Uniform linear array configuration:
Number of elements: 64
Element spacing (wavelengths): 0.75
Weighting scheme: blackman
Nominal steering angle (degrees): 15
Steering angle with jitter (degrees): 13.134
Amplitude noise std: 0.05
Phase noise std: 0.05

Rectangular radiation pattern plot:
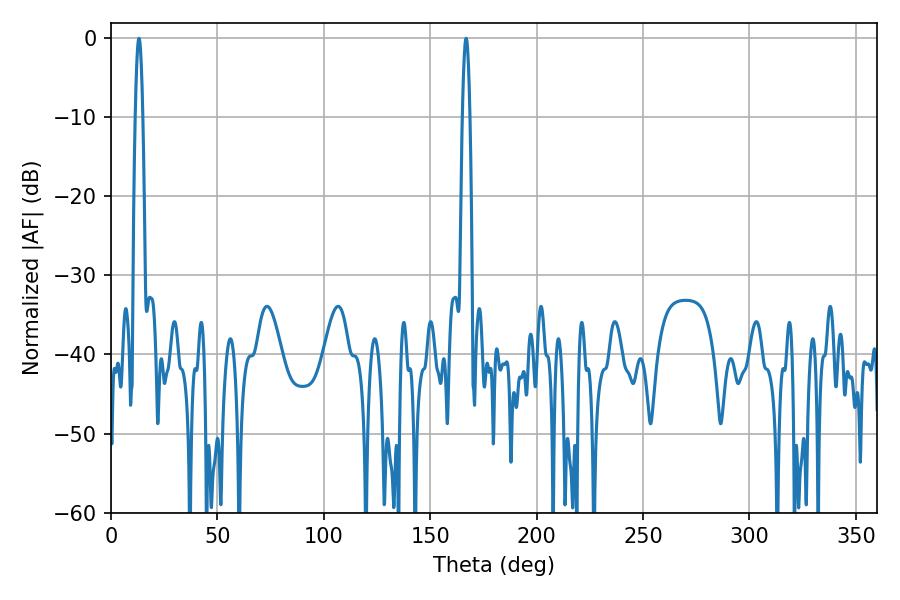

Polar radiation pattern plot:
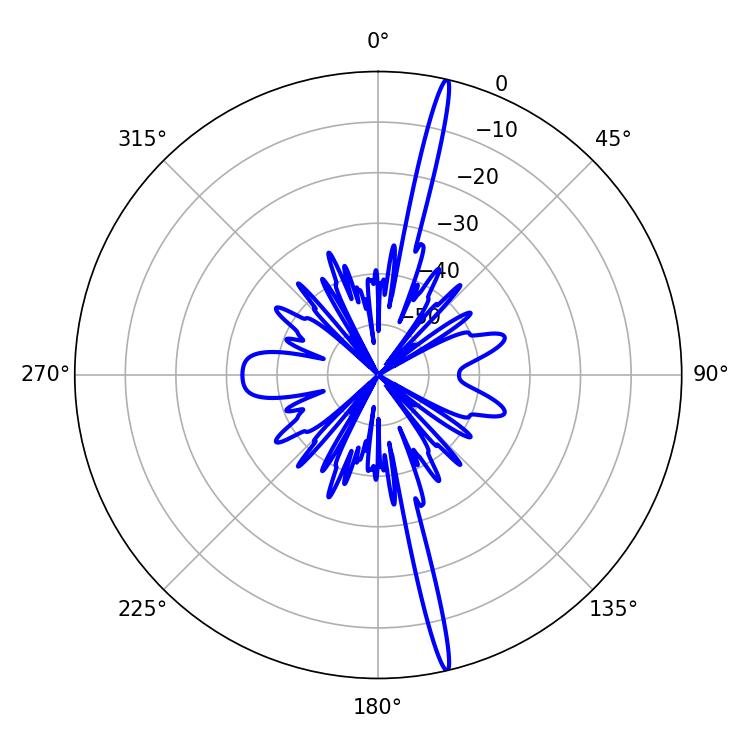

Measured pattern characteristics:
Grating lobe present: TRUE
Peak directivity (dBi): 20.721
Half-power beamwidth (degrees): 1.8
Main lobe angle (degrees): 13.14